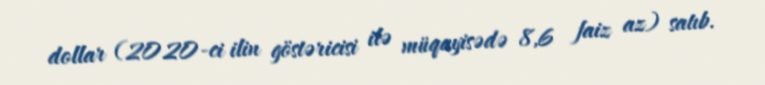
dollar (2020-ci ilin göstəricisi ilə müqayisədə 8,6 faiz az) satıb.